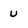
Character: U